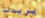
يريدنا